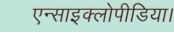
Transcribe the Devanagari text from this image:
एन्साइक्लोपीडिया।